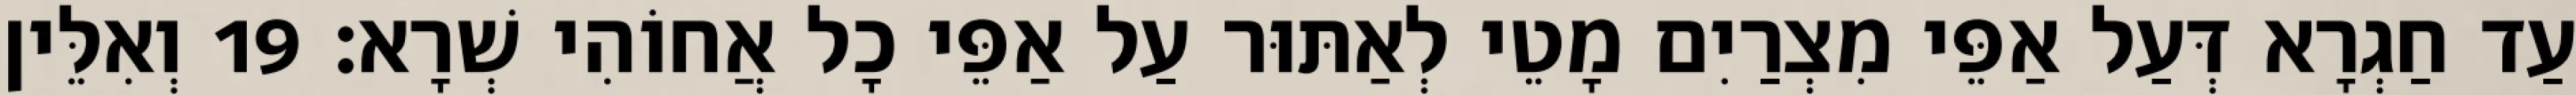
עַד חַגְרָא דְּעַל אַפֵּי מִצְרַיִם מָטֵי לְאַתּוּר עַל אַפֵּי כָל אֲחוֹהִי שְׁרָא׃ 19 וְאִלֵּין